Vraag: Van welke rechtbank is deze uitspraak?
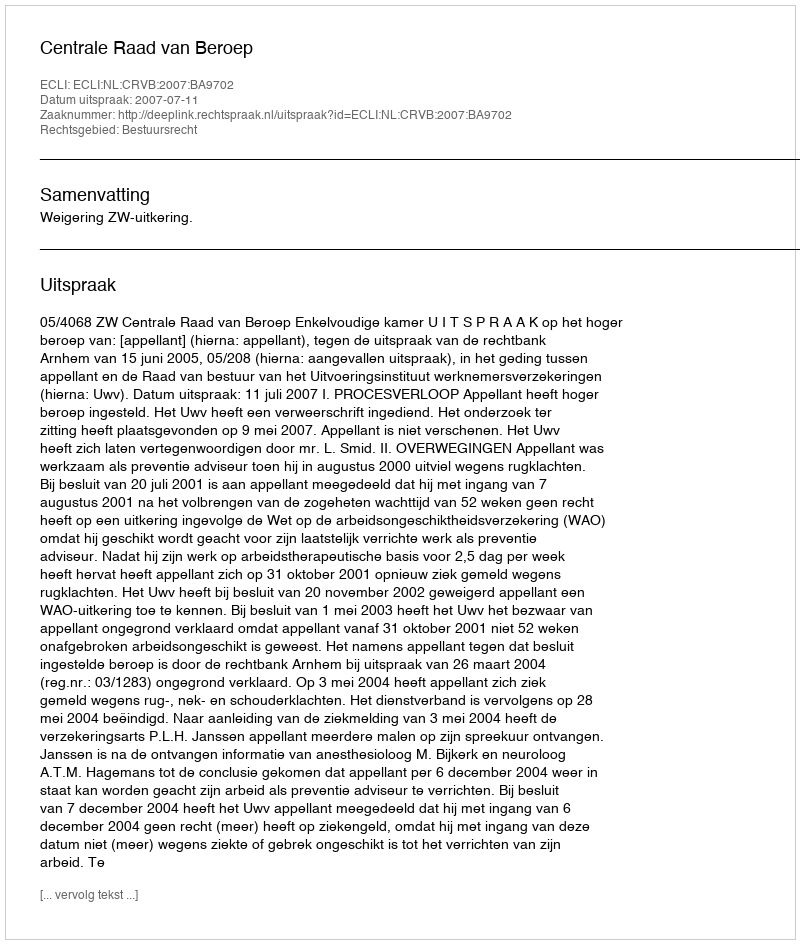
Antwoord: Centrale Raad van Beroep